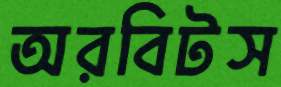
অরবিটস